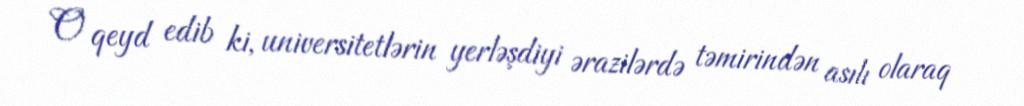
O qeyd edib ki, universitetlərin yerləşdiyi ərazilərdə təmirindən asılı olaraq